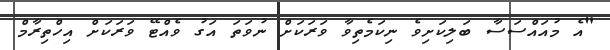
"އެ މުއައްސަސާ ބަލިކަށިވެ ނިކަމެތިވާ ވަރަކަށް ނުވަތަ އަގު ވެއްޓޭ ވަރަކަށް އިހްތިރާމް